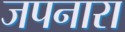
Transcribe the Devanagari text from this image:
जपनारा